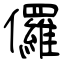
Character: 儸